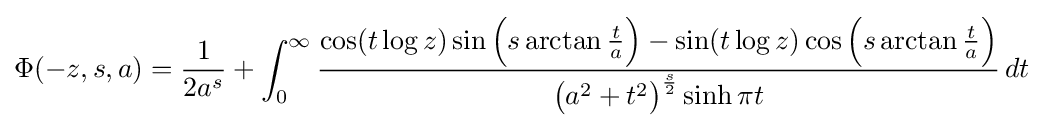
\Phi (-z,s,a)={\frac {1}{2a^{s}}}+\int _{0}^{\infty }{\frac {\cos(t\log z)\sin {\Big (}s\arctan {\tfrac {t}{a}}{\Big )}-\sin(t\log z)\cos {\Big (}s\arctan {\tfrac {t}{a}}{\Big )}}{{\big (}a^{2}+t^{2}{\big )}^{\frac {s}{2}}\sinh \pi t}}\,dt